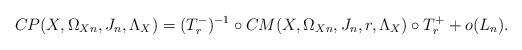
LaTeX: \begin{align*} CP(X, \Omega_{Xn}, J_n, \Lambda_X)= ({T}_{r}^-)^{-1} \circ CM(X, \Omega_{Xn}, J_n, r, \Lambda_X) \circ {T}_{r}^++o(L_n).\end{align*}